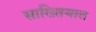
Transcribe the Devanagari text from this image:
साख्तियात